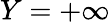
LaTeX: Y=+\infty